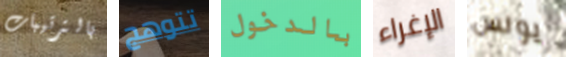
بالترتيبات تتوهج بالدخول الإغراء يونس